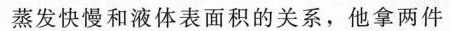
蒸发快慢和液体表面积的关系，他拿两件